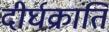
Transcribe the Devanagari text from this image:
दीर्घक्रांति